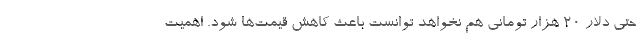
حتی دلار ۲۰ هزار تومانی هم نخواهد توانست باعث کاهش قیمت‌ها شود. اهمیت